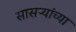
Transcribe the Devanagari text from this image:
सासऱ्यांच्या